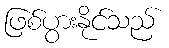
ဖြစ်ပွားနိုင်သည်